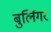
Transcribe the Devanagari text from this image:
बुर्लिगर